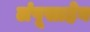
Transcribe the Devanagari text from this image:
लंपूसाहेब